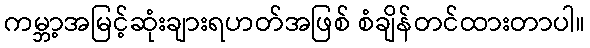
ကမ္ဘာ့အမြင့်ဆုံးချားရဟတ်အဖြစ် စံချိန်တင်ထားတာပါ။